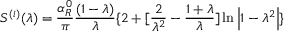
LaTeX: S ^ { ( i ) } ( \lambda ) = \frac { \alpha _ { R } ^ { 0 } } \pi \frac { ( 1 - \lambda ) } \lambda \{ 2 + [ \frac 2 { \lambda ^ { 2 } } - \frac { 1 + \lambda } \lambda ] \ln \left| 1 - \lambda ^ { 2 } \right| \}